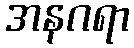
အနဂရာ